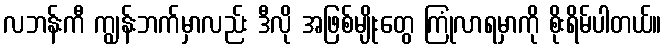
လဘန်းကီ ကျွန်းဘက်မှာလည်း ဒီလို အဖြစ်မျိုးတွေ ကြုံလာရမှာကို စိုးရိမ်ပါတယ်။